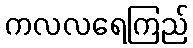
ကလလရေကြည်